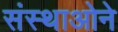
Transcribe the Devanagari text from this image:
संस्थाओने